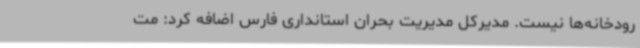
رودخانه‌ها نیست. مدیرکل مدیریت بحران استانداری فارس اضافه کرد: مت